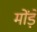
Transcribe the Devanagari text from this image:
मोंड़े